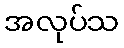
အလုပ်သ